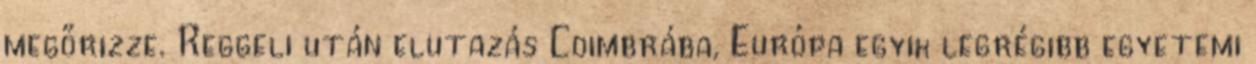
megőrizze. Reggeli után elutazás Coimbrába, Európa egyik legrégibb egyetemi